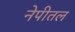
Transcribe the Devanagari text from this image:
नेपीतल